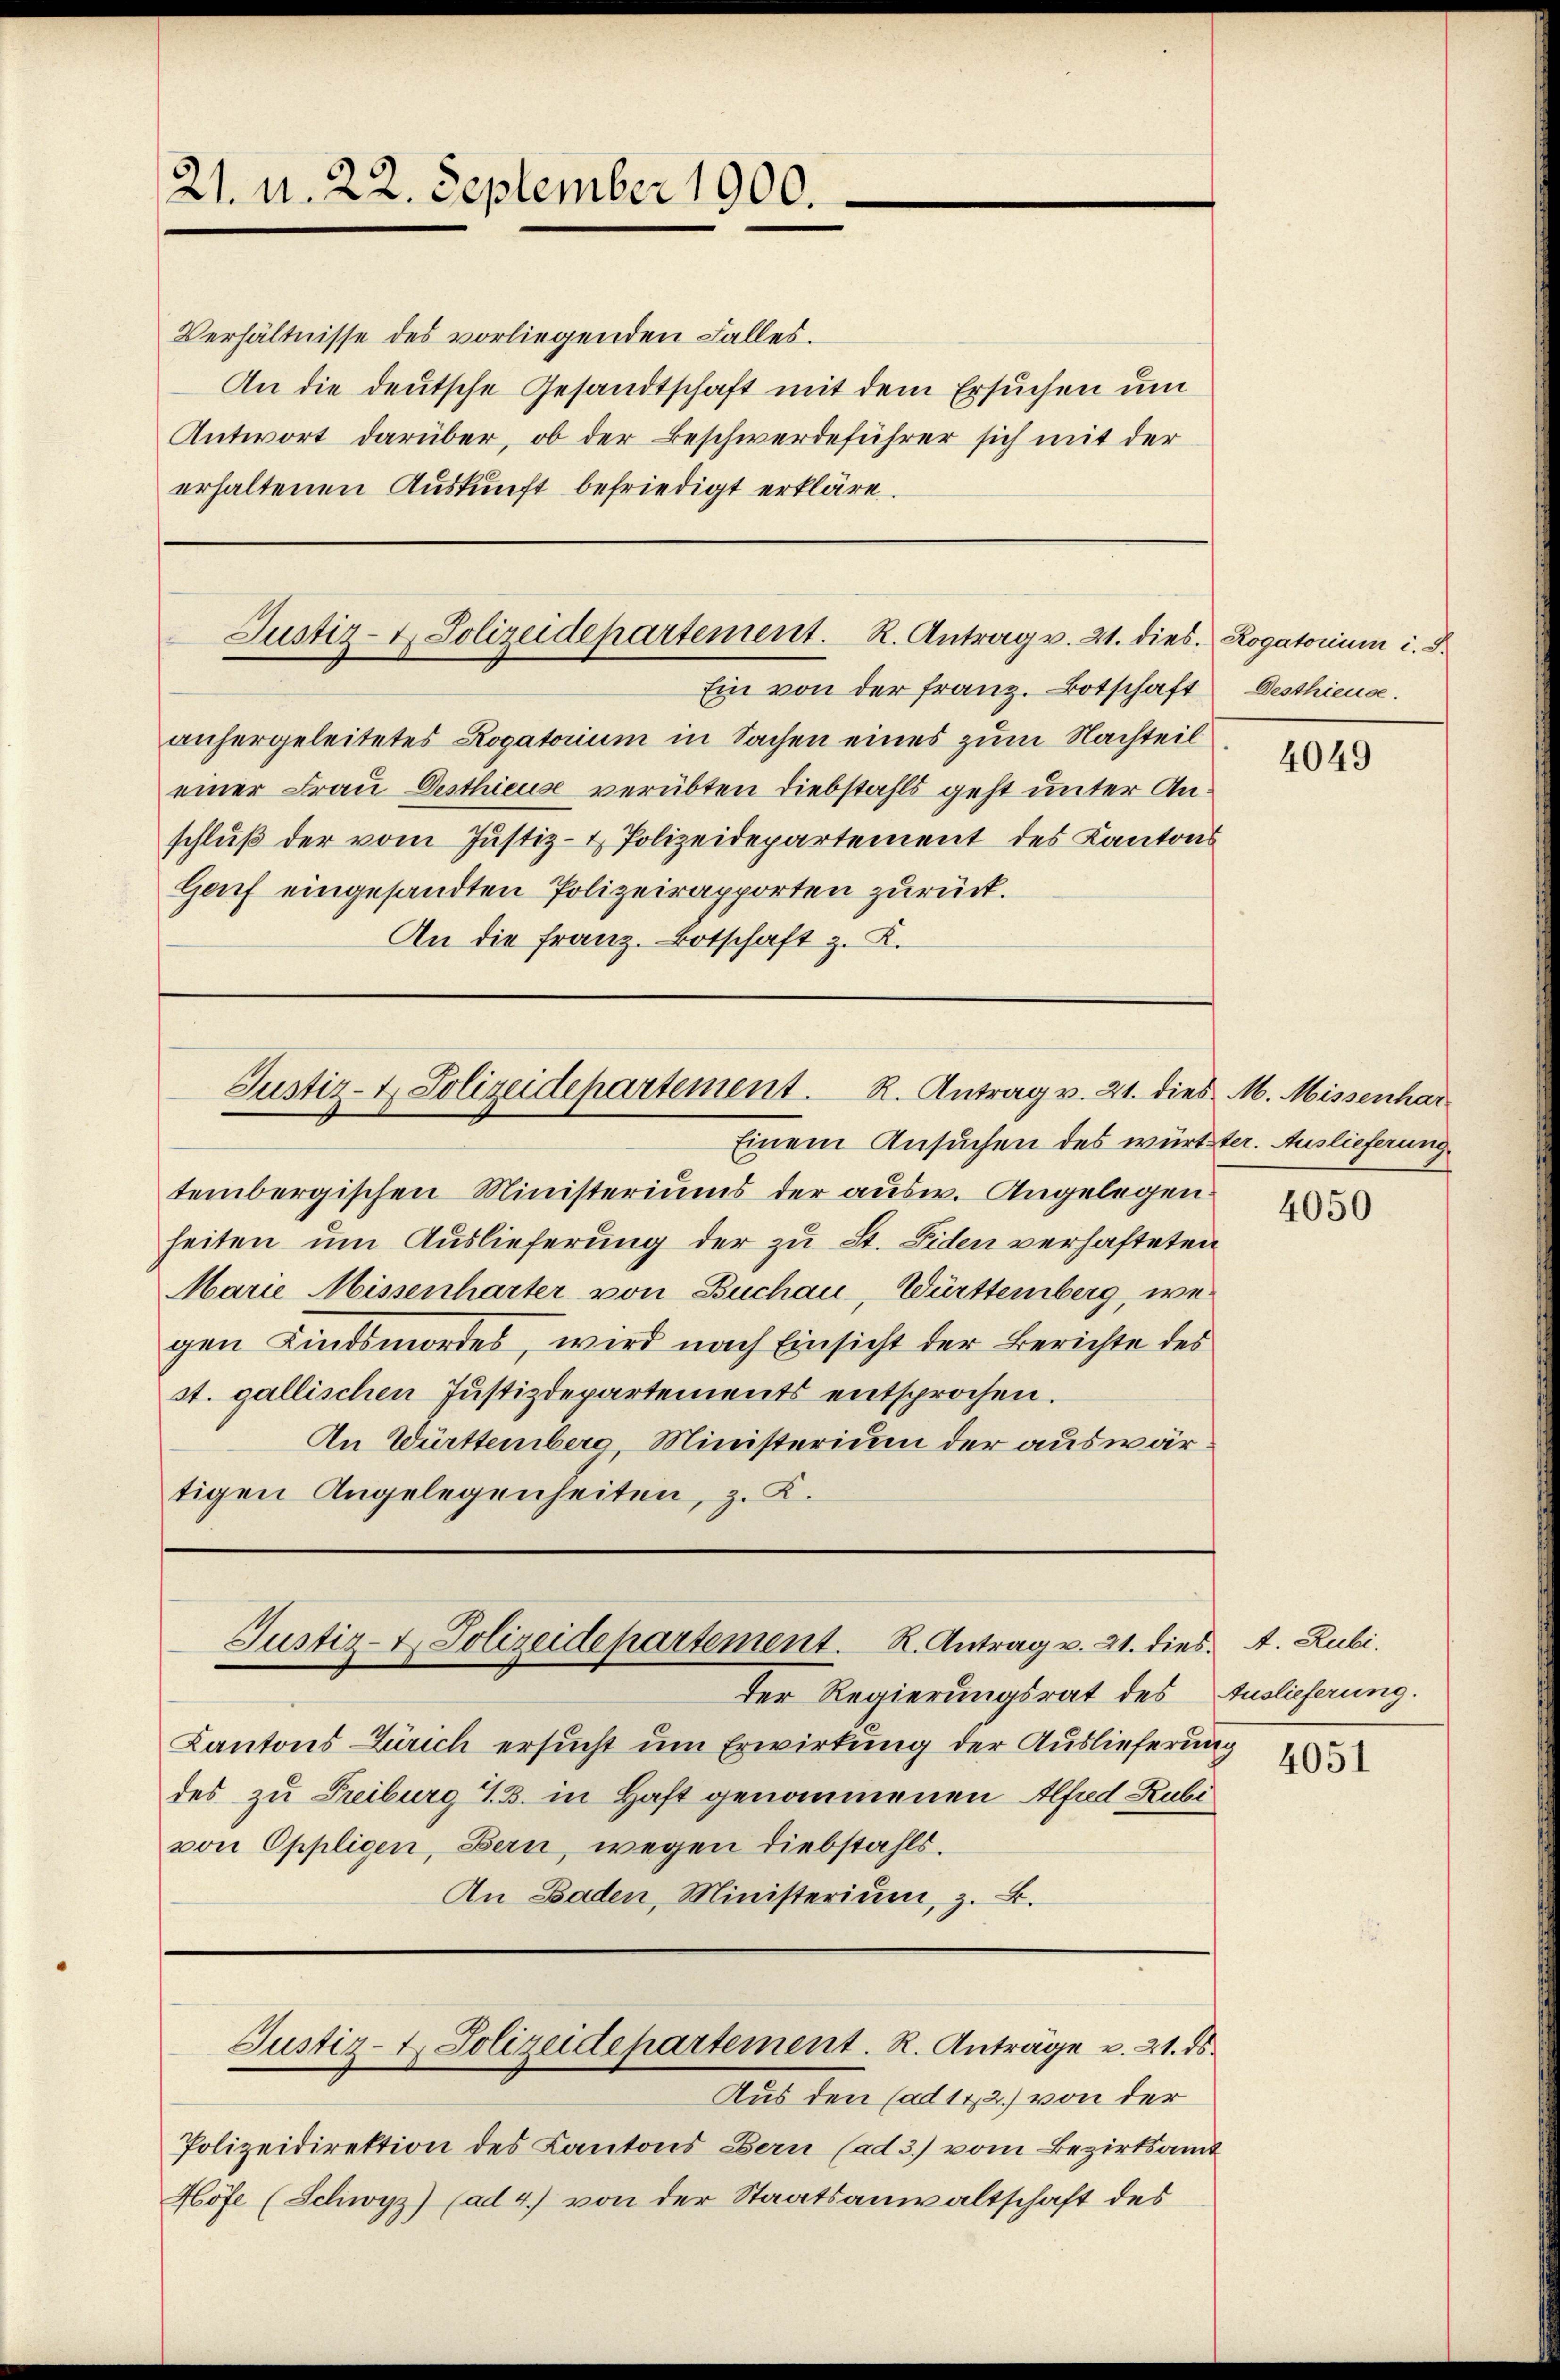
21. d. 22. September 1900.

Justiz- & Polizeidepartement. R. Antrag v. 21. dies. Rogatorium i. d.

Ein von der franz. Botschaft Desthieuse.
anhergeleitetes Rogatorium in Sachen eines zum Nachteil
einer Frau Desthieuse verübten Diebstahls geht unter Anschlŭβ der vom Justiz- & Polizeidepartement des Kantons
Gauf eingesandten Polizeirapporten zurück.
An die Franz. Botschaft z. K.

Justiz- & Polizeidepartement. R. Antrag v. 21. dies M. Missenhar
Einem Ansuchen des württer. Auslieferung

Verhältnisse des vorliegenden Falles.
An die deutsche Gesandtschaft mit dem Ersuchen um
Antwort darüber, ob der Beschwerdeführer sich mit der
erhaltenen Auskunft befriedigt erkläre.

tembergischen Ministeriums der ausw. Angelegen.
heiten um Auslieferung der zu St. Fiden verhafteten
Marie Missenharter von Buchau, Württemberg, wegen Kindsmordes, wird nach Einsicht der Berichte des
st. gallischen Justizdepartements entsprochen.
An Württemberg, Ministerium der auswärtigen Angelegenheiten, z. K.

Justiz- & Polizeidepartement. R. Antrag v. 21. dies. A. Rubi.

Justiz- & Polizeidepartement. R. Anträge u. 21. ds.

der Regierungsrat des Auslieferung.
Kantons Zürich ersucht um Erwirkung der Auslieferung
des zu Freiburg 13. in Haft genommenen Alfred Rubivon Oppligen, Bern, wegen Diebstahls.
An Baden, Ministerium, z. B.

Aus den (ad 112.) von der
Polizeidirektion des Kantons Bern (ad 3.) vom Bezirksamt
Höfe (Schwyz) (ad 4) von der Staatsanwaltschaft des

4049

4050

4051